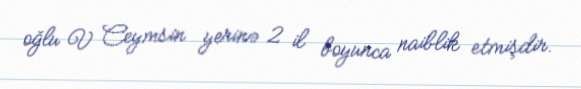
oğlu V Ceymsin yerinə 2 il boyunca naiblik etmişdir.